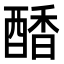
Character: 𮠷